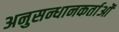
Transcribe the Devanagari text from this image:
अनुसन्धानकर्ताओं